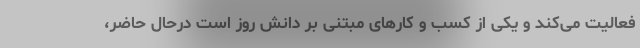
فعالیت می‌کند و یکی از کسب و کارهای مبتنی بر دانش روز است درحال حاضر،